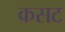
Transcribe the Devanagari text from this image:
कसट